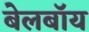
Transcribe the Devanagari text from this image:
बेलबॉय